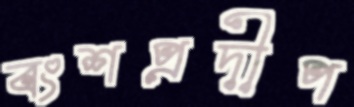
বংশপ্রদীপ